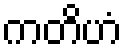
ကတိဟံ